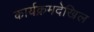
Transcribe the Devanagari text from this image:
कार्यक्रमदेखिल